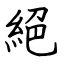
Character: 絕